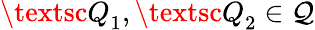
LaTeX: {\textsc{Q}}_{1},{\textsc{Q}}_{2}\in{\mathcal{Q}}